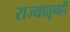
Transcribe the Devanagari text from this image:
राज्यातूनही